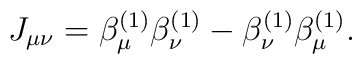
J_{\mu \nu }=\beta _\mu ^{(1)}\beta _\nu ^{(1)}-\beta _\nu^{(1)}\beta _\mu ^{(1)}.